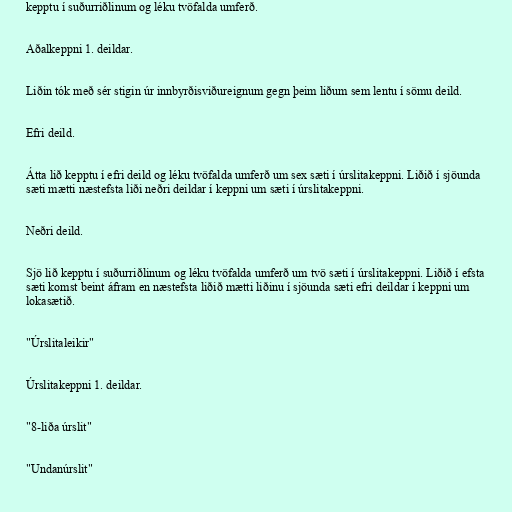
kepptu í suðurriðlinum og léku tvöfalda umferð.

Aðalkeppni 1. deildar.

Liðin tók með sér stigin úr innbyrðisviðureignum gegn þeim liðum sem lentu í sömu deild.

Efri deild.

Átta lið kepptu í efri deild og léku tvöfalda umferð um sex sæti í úrslitakeppni. Liðið í sjöunda
sæti mætti næstefsta liði neðri deildar í keppni um sæti í úrslitakeppni.

Neðri deild.

Sjö lið kepptu í suðurriðlinum og léku tvöfalda umferð um tvö sæti í úrslitakeppni. Liðið í efsta
sæti komst beint áfram en næstefsta liðið mætti liðinu í sjöunda sæti efri deildar í keppni um
lokasætið.

"Úrslitaleikir"

Úrslitakeppni 1. deildar.

"8-liða úrslit"

"Undanúrslit"